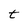
Character: t